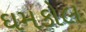
ઘમકોલ